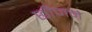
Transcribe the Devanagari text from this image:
छीजने